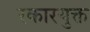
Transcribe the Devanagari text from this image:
रकारयुक्त